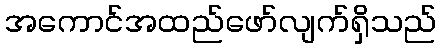
အကောင်အထည်ဖော်လျက်ရှိသည်